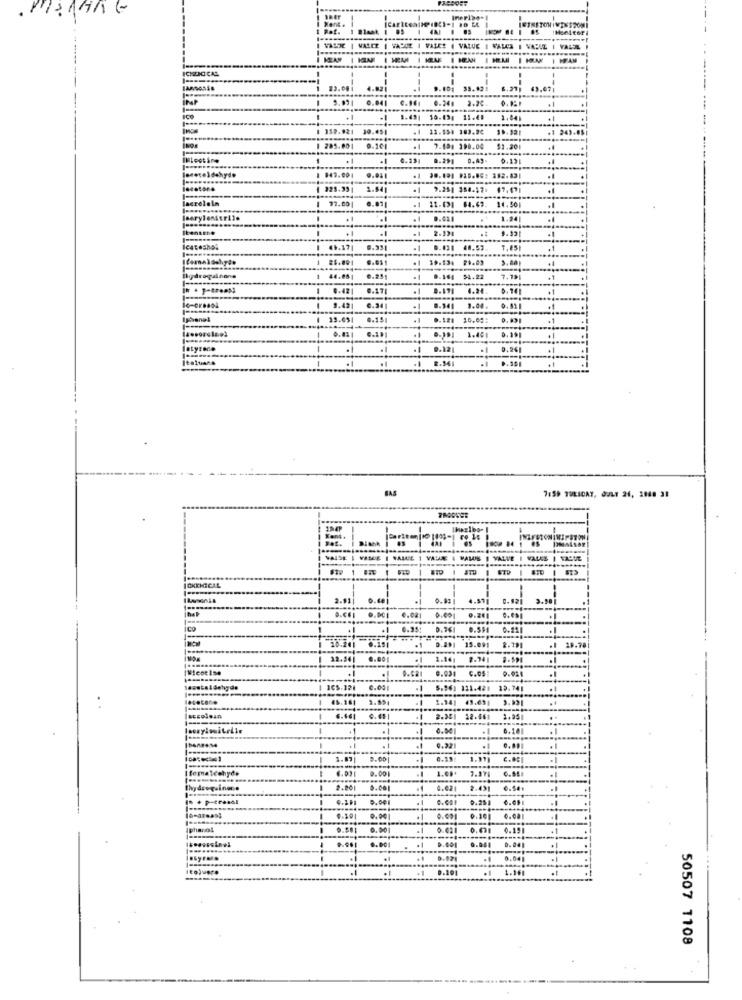
. PRAHAC
----
VALDE | VALLE | WASDE | VALLE ( VALUE I WALES I VADLE | VALDE
VALS
ICHENICAL
23.00
4.82
9.401
35.92
0.041
C. 161
ico
11.41
1.441
159.921
11.554 183.24
10. 33
285.00
7.101 390.00
$1.201
0.191
8.291
0.49-
0.13
1 943.001
1 30.101 915.06: 282.43
lecotone
1.8
9.25] 384-17. 67.67
77.00
.1 12.031 64.63.
14.50
leerylonitrilo
1.94
bensene
9.33
Icateshol
8.93
8.031 48.53
1
25.001
.1
lgdrogainone
0.161 51.22
7.19
3.42
0.17
.1
3.04
0.42
6.24
0.01
15.65
0.15
10.08
1.46
.....
.1
0.12
Italiano
BAS
7:59 TUESDAY, JULY 24, 2088 38
PROOVEE
Kant.
I VALSE
I SALUE 1 VALUE . MALUS | VALVE
VALEE
ATD
ICKXMICAL
2.91
0.02
C. 921
hal
D.CHI
.....
6.02
0.00
CO
0.35
0.551
0.151
13.091
2.1
.1
3.1
7.34
0.68
0.00
5.961 121-428
12.741
45.161
1.89
-
2.341
43.63
----
accoloan
2.351
-
0.04
0.10
Ibanmese
0.32
1.87
9.00
1.1
c.at
Ifomaldehyde
0.00
1.01
0.001
.02
2.43
.54
(n + p-treedl
5.00
0.00
0.09]
pharos
0.00
0.02
0.00
0.15
.. DO
......
0.02
0.19
1.16
50507 1108